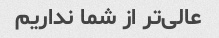
عالی‌تر از شما نداریم